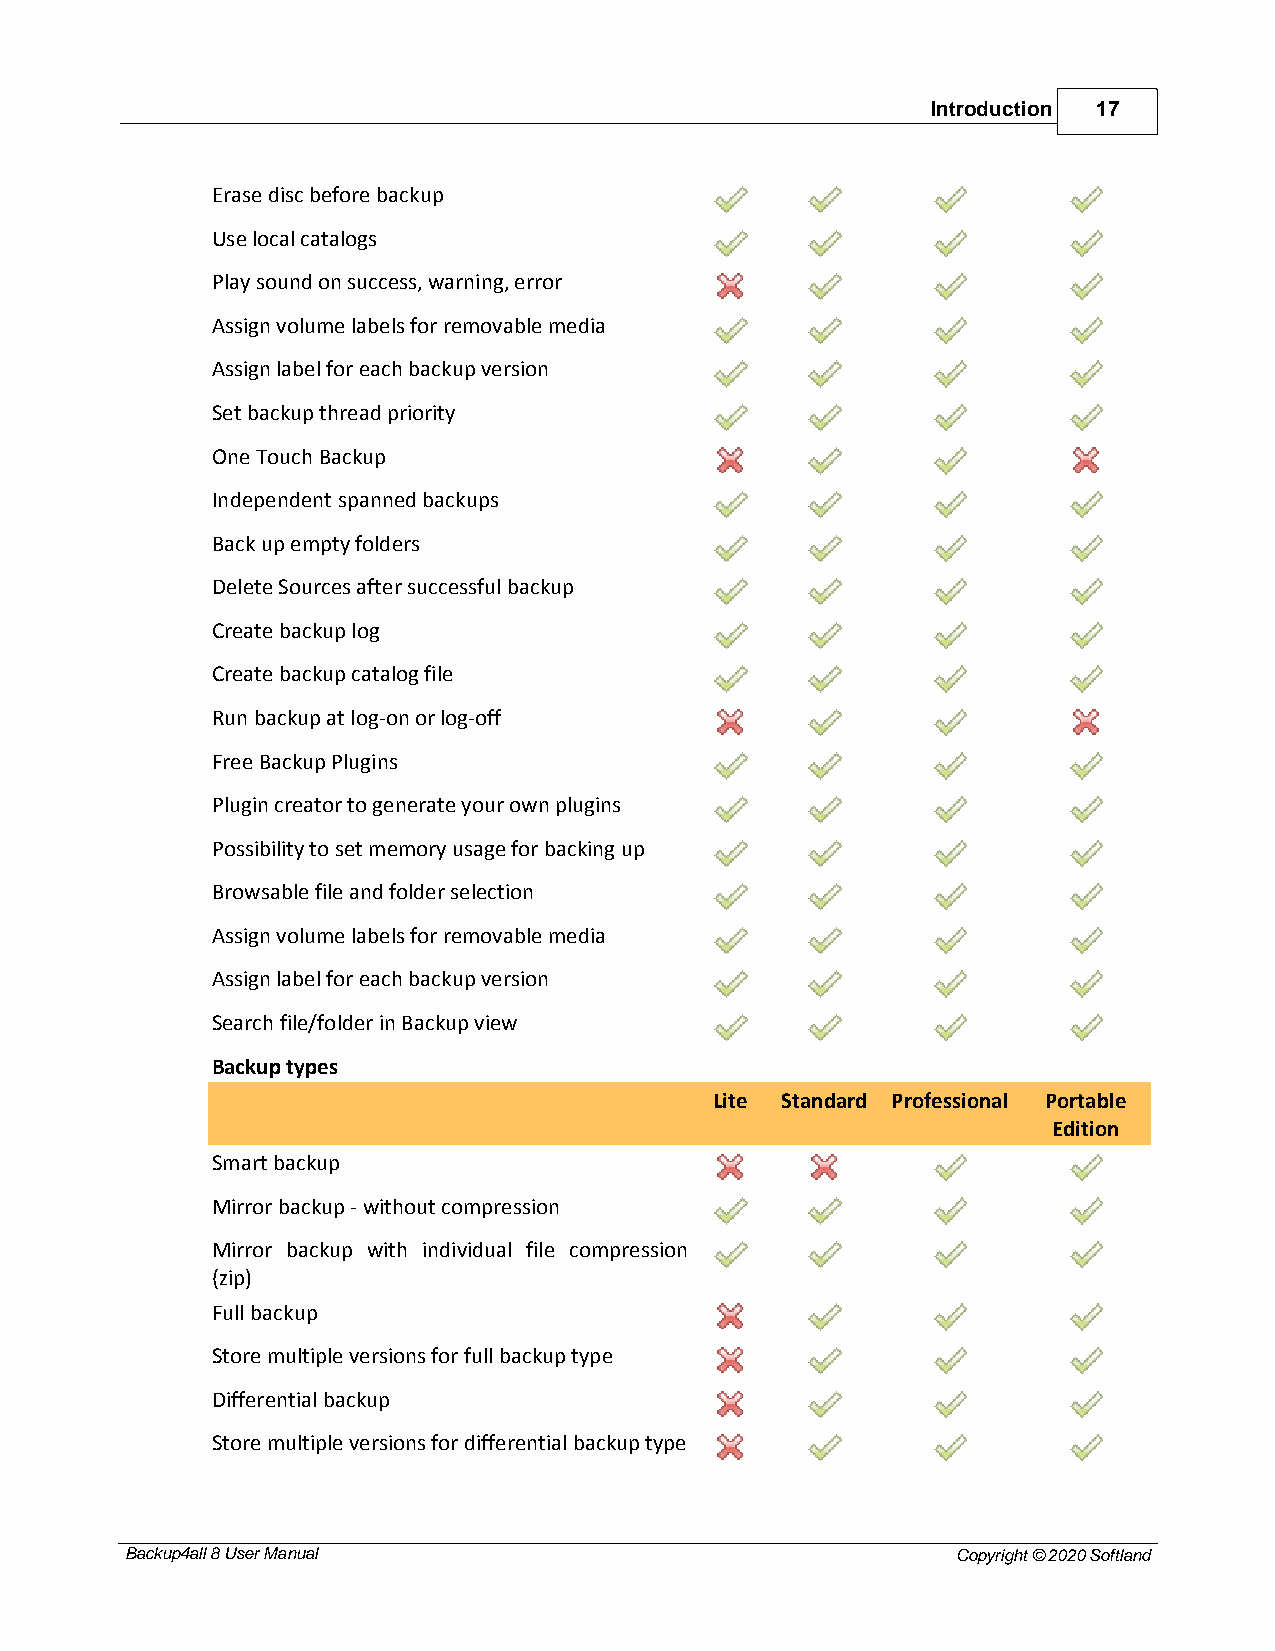
Introduction 17
 Erase disc before backup
 Use local catalogs
 Play sound on success, warning, error
 Assign volume labels for removable media
 Assign label for each backup version
 Set backup thread priority
 One Touch Backup
 Independent spanned backups
 Back up empty folders
 Delete Sources after successful backup
 Create backup log
 Create backup catalog file
 Run backup at log-on or log-off
 Free Backup Plugins
 Plugin creator to generate your own plugins
 Possibility to set memory usage for backing up
 Browsable file and folder selection
 Assign volume labels for removable media
 Assign label for each backup version
 Search file/folder in Backup view
 Backup types
 Lite Standard Professional Portable
 Edition
 Smart backup
 Mirror backup - without compression
 Mirror backup with individual file compression
 (zip)
 Full backup
 Store multiple versions for full backup type
 Differential backup
 Store multiple versions for differential backup type
 Backup4all 8 User Manual                               Copyright © 2020 Softland